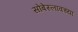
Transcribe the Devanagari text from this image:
सोबेस्लावच्या